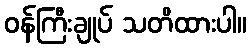
ဝန်ကြီးချုပ် သတိထားပါ။